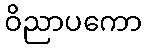
ဝိညာပကော